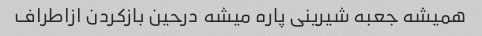
همیشه جعبه شیرینی پاره میشه درحین بازکردن ازاطراف